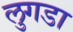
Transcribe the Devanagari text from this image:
लुगडा